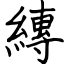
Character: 縳